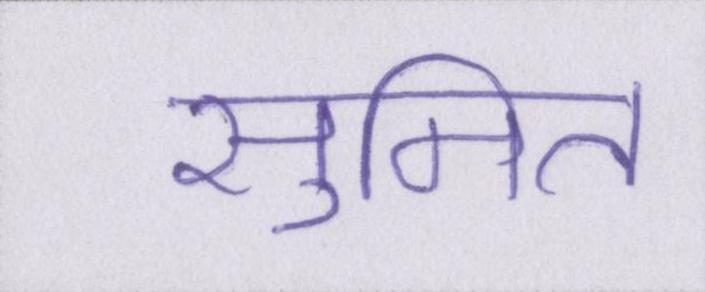
सुमित